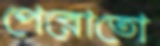
পেরোতো